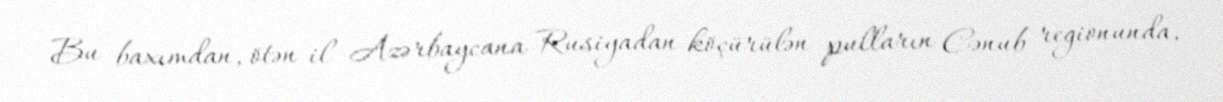
Bu baxımdan, ötən il Azərbaycana Rusiyadan köçürülən pulların Cənub regionunda,